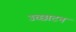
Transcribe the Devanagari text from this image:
उच्छाटन